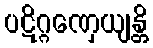
ပဋိဂ္ဂဏှေယျန္တိ